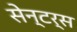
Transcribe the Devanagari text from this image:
सेन्टर्स